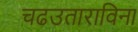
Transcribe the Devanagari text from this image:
चढउताराविना